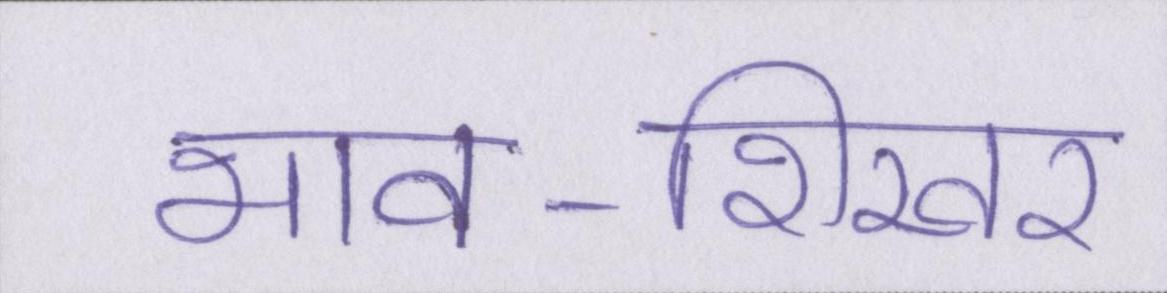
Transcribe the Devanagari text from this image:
भाव-शिखर